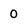
Character: 0